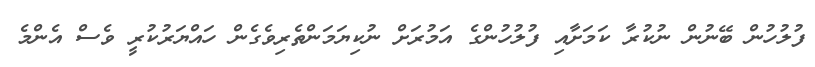
ފުލުހުން ބޭނުން ނުކުރާ ކަމަށާއި ފުލުހުންގެ އަމުރަށް ނުކިޔަމަންތެރިވެގެން ހައްޔަރުކުރީ ވެސް އެންމެ